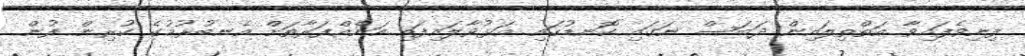
ފިނިވެފައިވާ އަތްތިލައިން ދަބަސް ނަގައި ކޮނޑުގައި އަޅުވާލައިފައި އަނެއްފަރާތަށް އެނބުރުމުގެ ކުރިން ފުން